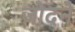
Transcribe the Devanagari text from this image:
जोदने